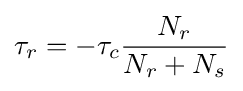
\tau _{r}=-\tau _{c}{\frac {N_{r}}{N_{r}+N_{s}}}